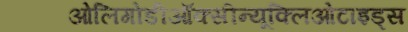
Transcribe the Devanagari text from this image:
ओलिगोडीऑक्सीन्यूक्लिओटाइड्स